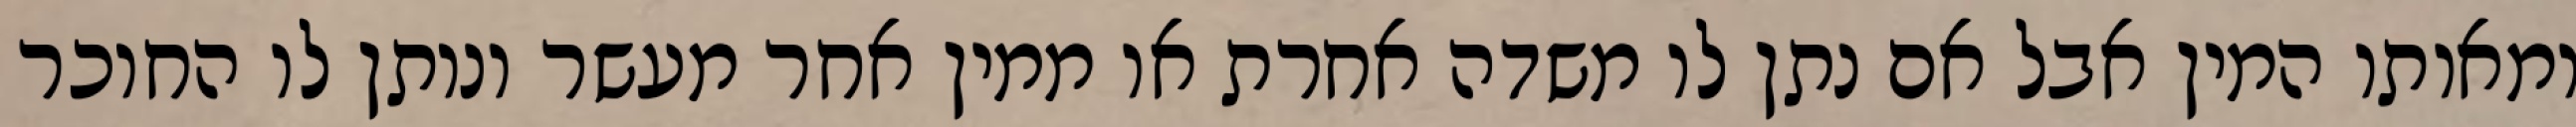
ומאותו המין אבל אם נתן לו משדה אחרת או ממין אחר מעשר ונותן לו החוכר